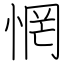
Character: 惘